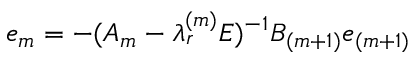
e _ { m } = - ( { \cal A } _ { m } - \lambda _ { r } ^ { ( m ) } E ) ^ { - 1 } { \cal B } _ { ( m + 1 ) } e _ { ( m + 1 ) }